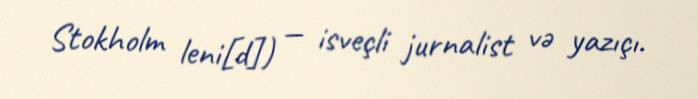
Stokholm leni[d]) — isveçli jurnalist və yazıçı.